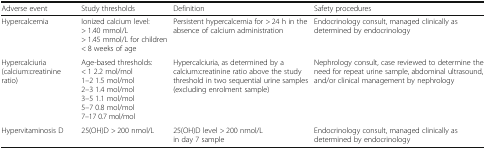
<table><thead><tr><td><b>Adverse event</b></td><td><b>Study thresholds</b></td><td><b>Definition</b></td><td><b>Safety procedures</b></td></tr></thead><tbody><tr><td>Hypercalcemia</td><td>Ionized calcium level:&gt; 1.40 mmol/L&gt; 1.45 mmol/L for children &lt; 8 weeks of age</td><td>Persistent hypercalcemia for &gt; 24 h in the absence of calcium administration</td><td>Endocrinology consult, managed clinically as determined by endocrinology</td></tr><tr><td>Hypercalciuria (calcium:creatinine ratio)</td><td>Age-based thresholds:&lt; 1 2.2 mol/mol1–2 1.5 mol/mol2–3 1.4 mol/mol3–5 1.1 mol/mol5–7 0.8 mol/mol7–17 0.7 mol/mol</td><td>Hypercalciuria, as determined by a calcium:creatinine ratio above the study threshold in two sequential urine samples (excluding enrolment sample)</td><td>Nephrology consult, case reviewed to determine the need for repeat urine sample, abdominal ultrasound, and/or clinical management by nephrology</td></tr><tr><td>Hypervitaminosis D</td><td>25(OH)D &gt; 200 nmol/L</td><td>25(OH)D level &gt; 200 nmol/L in day 7 sample</td><td>Endocrinology consult, managed clinically as determined by endocrinology</td></tr></tbody></table>